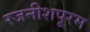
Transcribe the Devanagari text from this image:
रजनीशपूरम